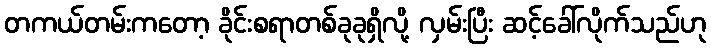
တကယ်တမ်းကတော့ ခိုင်းစရာတစ်ခုခုရှိလို့ လှမ်းပြီး ဆင့်ခေါ်လိုက်သည်ဟု